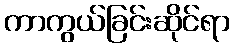
ကာကွယ်ခြင်းဆိုင်ရာ